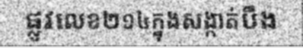
ផ្លូវលេខ២១៤ក្នុងសង្កាត់បឹង